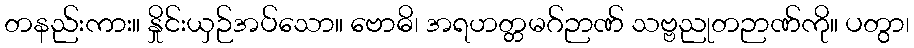
တနည်းကား။ နှိုင်းယှဉ်အပ်သော။ ဗောဓိ၊ အရဟတ္တမဂ်ဉာဏ် သဗ္ဗညုတဉာဏ်ကို။ ပတွာ၊